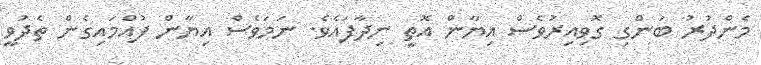
މެންދުރު ބަންގި ގޮވިއިރުވެސް އިޔާން އޮތީ ނިދާފައެވެ. ނަމަވެސް އިޔާން ފުއްމައިގެން ތެދުވީ